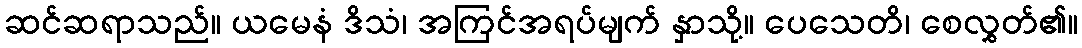
ဆင်ဆရာသည်။ ယမေနံ ဒိသံ၊ အကြင်အရပ်မျက် နှာသို့။ ပေသေတိ၊ စေလွှတ်၏။